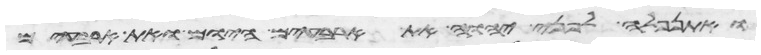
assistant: ואתנפלה לפני יהוה את ארבעים היום ואת ארבעים